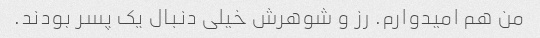
من هم امیدوارم. رز و شوهرش خیلی دنبال یک پسر بودند.